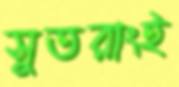
সুতরাংই